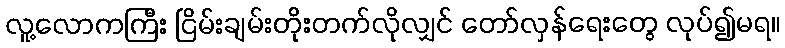
လူ့လောကကြီး ငြိမ်းချမ်းတိုးတက်လိုလျှင် တော်လှန်ရေးတွေ လုပ်၍မရ။